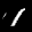
Label: 1